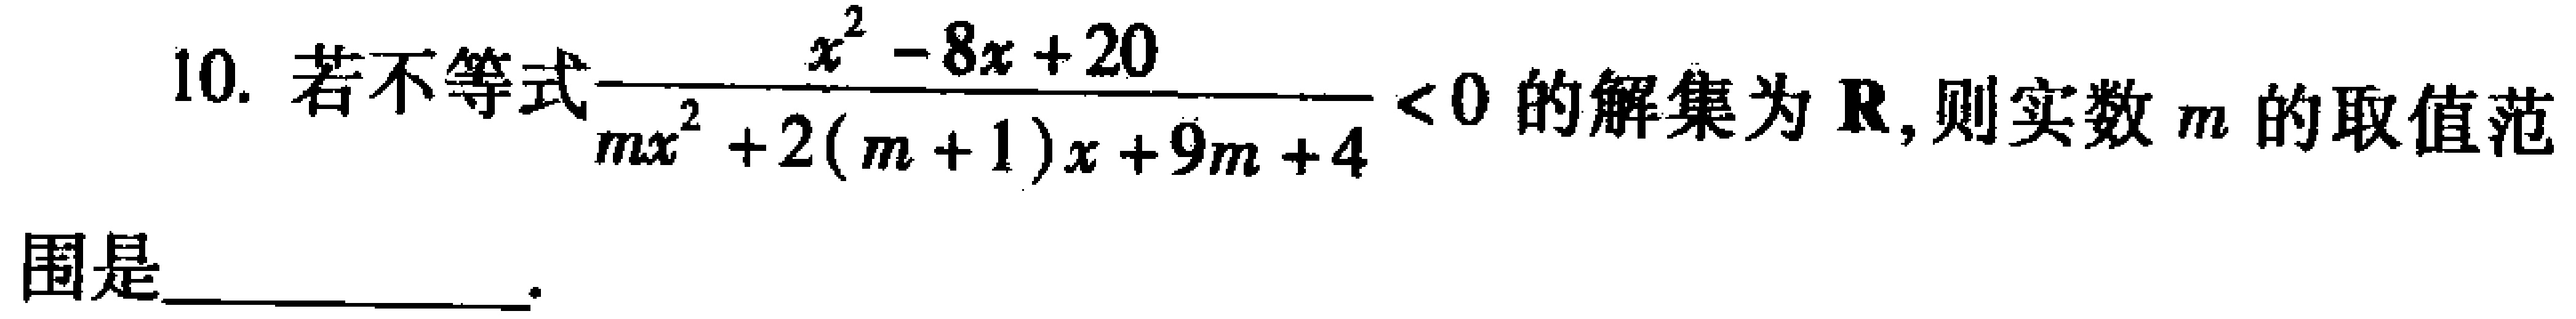
10. 若不等式\(\frac{x^{2}-8x + 20}{mx^{2}+2(m + 1)x + 9m + 4}<0\)的解集为\(\mathbf{R}\)，则实数\(m\)的取值范围是  。